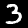
Label: 3